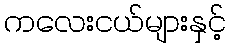
ကလေးငယ်များနှင့်